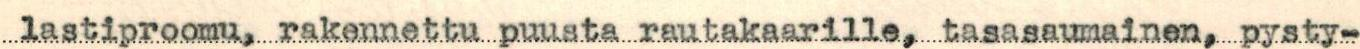
lastiproomu, rakennettu puusta rautakaarille, tasasaumainen, pysty-